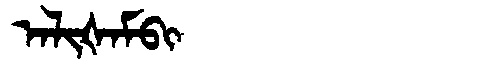
Manchu: ᠠᠯᡳᡧᠠᠮᠪᡳ
Romanization: ALIŠAMBI